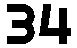
34